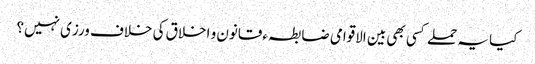
کیا یہ حملے کسی بھی بین الاقوامی ضابطہ ءقانون و اخلاق کی خلاف ورزی نہیں؟